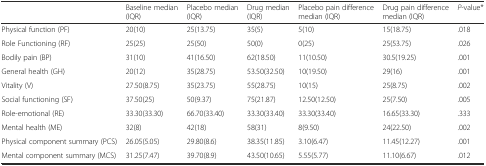
|  | Baseline median (IQR) | Placebo median (IQR) | Drug median (IQR) | Placebo pain difference median (IQR) | Drug pain difference median (IQR) | P-value* |
 | --- | --- | --- | --- | --- | --- | --- |
 | Physical function (PF) | 20(10) | 25(13.75) | 35(5) | 5(10) | 15(18.75) | .018 |
 | Role Functioning (RF) | 25(25) | 25(50) | 50(0) | 0(25) | 25(53.75) | .026 |
 | Bodily pain (BP) | 31(10) | 41(16.50) | 62(18.50) | 11(10.50) | 30.5(19.25) | .001 |
 | General health (GH) | 20(12) | 35(28.75) | 53.50(32.50) | 10(19.50) | 29(16) | .001 |
 | Vitality (V) | 27.50(8.75) | 35(23.75) | 55(28.75) | 10(15) | 25(8.75) | .002 |
 | Social functioning (SF) | 37.50(25) | 50(9.37) | 75(21.87) | 12.50(12.50) | 25(7.50) | .005 |
 | Role-emotional (RE) | 33.30(33.30) | 66.70(33.40) | 33.30(33.40) | 33.30(33.40) | 16.65(33.30) | .333 |
 | Mental health (ME) | 32(8) | 42(18) | 58(31) | 8(9.50) | 24(22.50) | .002 |
 | Physical component summary (PCS) | 26.05(5.05) | 29.80(8.6) | 38.35(11.85) | 3.10(6.47) | 11.45(12.27) | .001 |
 | Mental component summary (MCS) | 31.25(7.47) | 39.70(8.9) | 43.50(10.65) | 5.55(5.77) | 11.10(6.67) | .012 |